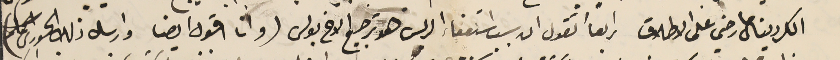
الكردينال ما رضي على الاطلاق رابعاً تقول ان سبب استعفاء الريس هو ترجيع الاخ بولس (وانا اقول ايضا وارسل ذلك الحورى)